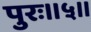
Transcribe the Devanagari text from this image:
पुरः॥५॥